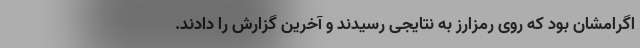
اگرامشان بود که روی رمزارز به نتایجی رسیدند و آخرین گزارش را دادند.